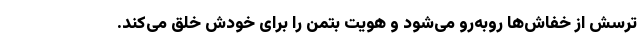
ترسش از خفاش‌ها روبه‌رو می‌شود و هویت بتمن را برای خودش خلق می‌کند.